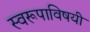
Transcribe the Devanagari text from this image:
स्वरूपाविषयी